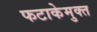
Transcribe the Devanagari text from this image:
फटाकेमुक्त